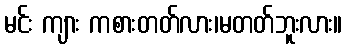
မင်း ကျား ကစားတတ်လား၊မတတ်ဘူးလား။